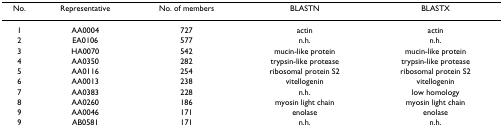
| No. | Representative | No. of members | BLASTN | BLASTX |
 | --- | --- | --- | --- | --- |
 | 1 | AA0004 | 727 | actin | actin |
 | 2 | EA0106 | 577 | n.h. | n.h. |
 | 3 | HA0070 | 542 | mucin-like protein | mucin-like protein |
 | 4 | AA0350 | 282 | trypsin-like protease | trypsin-like protease |
 | 5 | AA0116 | 254 | ribosomal protein S2 | ribosomal protein S2 |
 | 6 | AA0013 | 238 | vitellogenin | vitellogenin |
 | 7 | AA0383 | 228 | n.h. | low homology |
 | 8 | AA0260 | 186 | myosin light chain | myosin light chain |
 | 9 | AA0046 | 171 | enolase | enolase |
 | 9 | AB0581 | 171 | n.h. | n.h. |